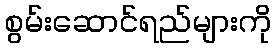
စွမ်းဆောင်ရည်များကို